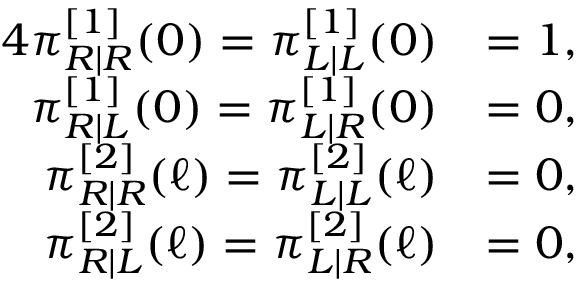
\begin{array} { r l } { { 4 } \pi _ { R | R } ^ { [ 1 ] } ( 0 ) = \pi _ { L | L } ^ { [ 1 ] } ( 0 ) } & { = 1 , } \\ { \pi _ { R | L } ^ { [ 1 ] } ( 0 ) = \pi _ { L | R } ^ { [ 1 ] } ( 0 ) } & { = 0 , } \\ { \pi _ { R | R } ^ { [ 2 ] } ( \ell ) = \pi _ { L | L } ^ { [ 2 ] } ( \ell ) } & { = 0 , } \\ { \pi _ { R | L } ^ { [ 2 ] } ( \ell ) = \pi _ { L | R } ^ { [ 2 ] } ( \ell ) } & { = 0 , } \end{array}